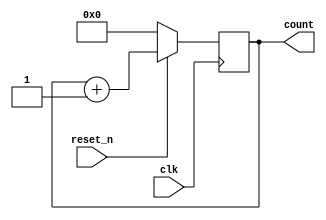
module counter (
    input wire clk,        // Clock input
    input wire reset_n,    // Active-low reset
    output reg [3:0] count // 4-bit output count
);

// Initial block to set the initial state of the count
initial begin
    count = 4'b0000;      // Initialize the counter to 0
end

// Always block, sensitive to the positive edge of the clk
always @(posedge clk) begin
    if (!reset_n) begin
        count <= 4'b0000;  // Reset the counter to 0 when reset_n is low
    end else begin
        count <= count + 1; // Increment the counter on each clock cycle
    end
end

endmodule